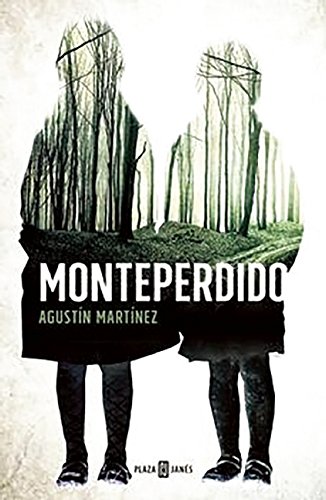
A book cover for Monteperdido (Spanish Edition); Agustin Martinez; Literature & Fiction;